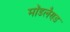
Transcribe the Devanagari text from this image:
मॉडलैण्ड